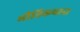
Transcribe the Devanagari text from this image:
भौतिकवाद।